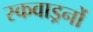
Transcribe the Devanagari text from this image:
स्कवाड्रनों